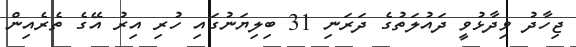
ޖިހާދު ވިދާޅުވީ ދައުލަތުގެ ދަރަނި 31 ބިލިޔަނުގައި ހުރި އިރު އޭގެ ތެރެއިން